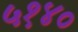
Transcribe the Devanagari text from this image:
५१४०